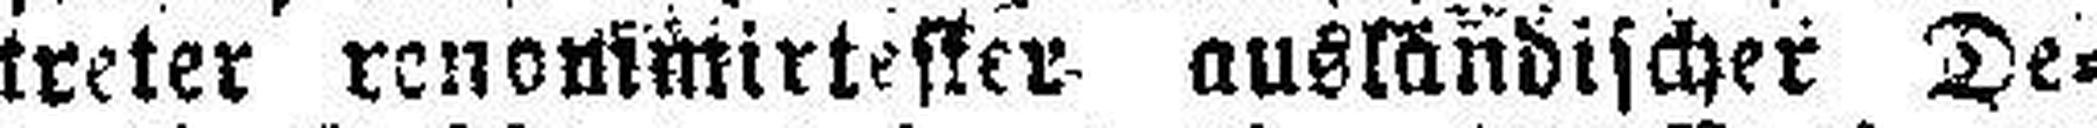
treter renommirtester ausländischer De¬